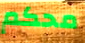
محكم